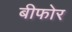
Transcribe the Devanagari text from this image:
बीफोर